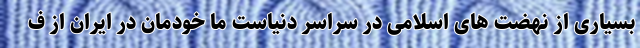
بسیاری از نهضت های اسلامی در سراسر دنیاست ما خودمان در ایران از ف